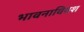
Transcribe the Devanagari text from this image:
भावनाविवश